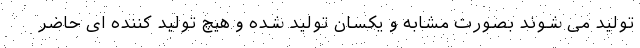
تولید می شوند بصورت مشابه و یکسان تولید شده و هیچ تولید کننده ای حاضر